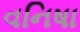
વનિષા